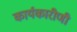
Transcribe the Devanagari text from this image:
कार्यकारीणी